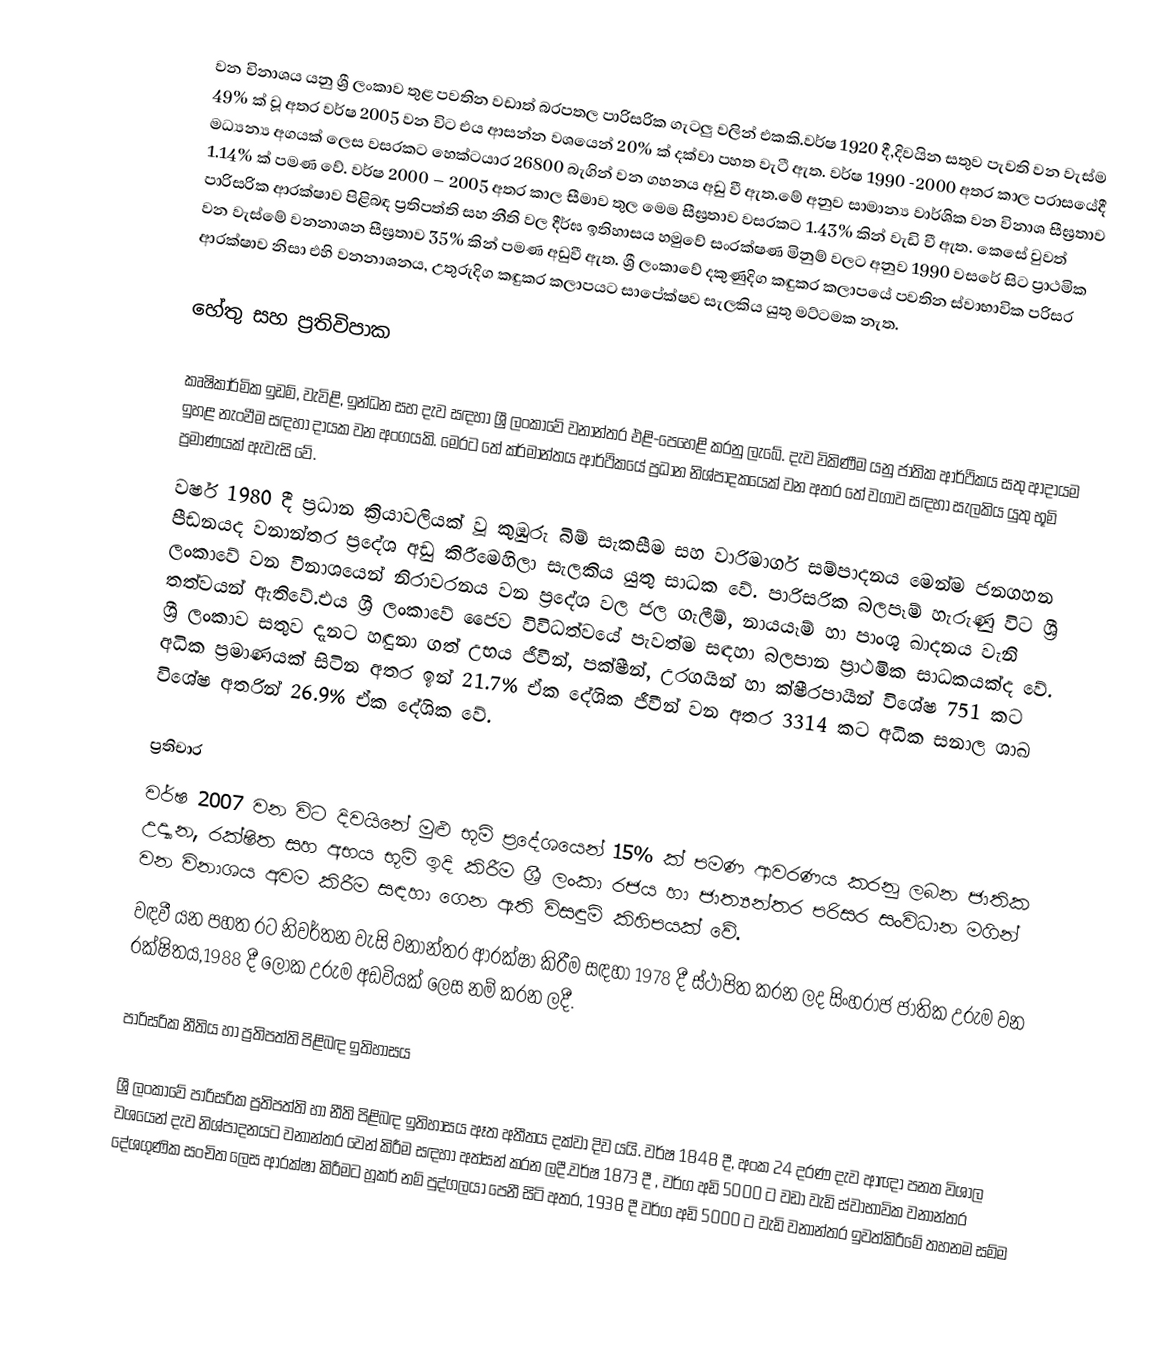
වන විනාශය  යනු  ශ්‍රී ලංකාව තුළ පවතින වඩාත් බරපතල පාරිසරික ගැටලු වලින් එකකි.වර්ෂ 1920 දී,දිවයින සතුව පැවති වන වැස්ම 49% ක් වූ අතර  වර්ෂ 2005 වන විට එය  ආසන්න වශයෙන් 20% ක් දක්වා පහත වැටී ඇත. වර්ෂ 1990 -2000 අතර කාල පරාසයේදී  මධ්‍යන්‍ය අගයක් ලෙස වසරකට හෙක්ටයාර 26800 බැගින් වන ගහනය අඩු වී ඇත.මේ අනුව සාමාන්‍ය වාර්ශික වන විනාශ සීඝ්‍රතාව 1.14% ක්  පමණ වේ. වර්ෂ 2000 – 2005 අතර කාල සීමාව තුල මෙම සීඝ්‍රතාව වසරකට 1.43% කින් වැඩි වී ඇත. කෙසේ වුවත් පාරිසරික ආරක්ෂාව පිළිබඳ ප්‍රතිපත්ති සහ නීති වල දීර්ඝ ඉතිහාසය හමුවේ සංරක්ෂණ මිනුම් වලට අනුව 1990 වසරේ සිට ප්‍රාථමික වන වැස්මේ වනනාශන සීඝ්‍රතාව 35% කින් පමණ අඩුවී ඇත. ශ්‍රී ලංකාවේ දකුණුදිග කඳුකර කලාපයේ පවතින ස්වාභාවික පරිසර ආරක්ෂාව නිසා එහි  වනනාශනය, උතුරුදිග කඳුකර කලාපයට සාපේක්ෂව සැලකිය යුතු මට්ටමක නැත.

හේතු සහ ප්‍රතිවිපාක

කෘෂිකාර්මික ඉඩම්, වැවිළි, ඉන්ධන සහ දැව සඳහා ශ්‍රී ලංකාවේ  වනාන්තර එළි-පෙහෙළි කරනු ලැබේ.  දැව විකිණීම යනු ජාතික ආර්ථිකය සතු  ආදායම ඉහළ නැංවීම සඳහා දායක වන අංගයකි. මෙරට  තේ කර්මාන්තය ආර්ථිකයේ ප්‍රධාන නිශ්පාදකයෙක් වන අතර  තේ වගාව සඳහා සැලකිය යුතු භූමි ප්‍රමාණයක් ඇවැසි වේ.
වර්ෂ 1980 දී ප්‍රධාන ක්‍රියාවලියක් වූ කුඹුරු බිම් සැකසීම සහ වාරිමාර්ග සම්පාදනය මෙන්ම ජනගහන පීඩනයද වනාන්තර  ප්‍රදේශ අඩු කිරීමෙහිලා සැලකිය යුතු සාධක වේ. පාරිසරික බලපෑම් හැරුණු විට ශ්‍රී ලංකාවේ වන විනාශයෙන් නිරාවරනය වන  ප්‍රදේශ වල ජල ගැලීම්, නායයෑම් හා පාංශු ඛාදනය වැනි තත්වයන් ඇතිවේ.එය ශ්‍රී ලංකාවේ ජෛව විවිධත්වයේ පැවත්ම සඳහා බලපාන ප්‍රාථමික සාධකයක්ද වේ. ශ්‍රී ලංකාව සතුව දැනට හඳුනා ගත් උභය ජීවීන්, පක්ෂීන්, උරගයින් හා ක්ෂීරපායීන් විශේෂ  751 කට අධික ප්‍රමාණයක් සිටින අතර  ඉන් 21.7% ඒක දේශික ජීවීන් වන අතර 3314 කට අධික සනාල ශාඛ විශේෂ අතරින් 26.9% ඒක දේශික වේ.

ප්‍රතිචාර
වර්ෂ 2007 වන විට දිවයිනේ මුළු භූමි  ප්‍රදේශයෙන් 15% ක්  පමණ ආවරණය කරනු ලබන ජාතික උද්‍යාන,  රක්ෂිත සහ අභය භූමි ඉදි කිරීම  ශ්‍රී ලංකා රජය හා ජාත්‍යන්තර පරිසර සංවිධාන මගින් වන විනාශය අවම කිරීම සඳහා ගෙන ඇති විසඳුම් කිහිපයක් වේ.
වඳවී යන පහත රට නිවර්තන වැසි වනාන්තර  ආරක්ෂා කිරීම සඳහා 1978 දී ස්ථාපිත කරන ලද සිංහරාජ ජාතික උරුම වන රක්ෂිතය,1988 දී ලෝක උරුම අඩවියක් ලෙස නම් කරන ලදී.

පාරිසරික නීතිය හා ප්‍රතිපත්ති පිළිබඳ ඉතිහාසය

ශ්‍රී ලංකාවේ පාරිසරික ප්‍රතිපත්ති හා නීති පිළිබඳ ඉතිහාසය ඈත අතීතය දක්වා දිව යයි. වර්ෂ 1848 දී, අංක 24 දරණ  දැව ආඥා පනත විශාල වශයෙන් දැව නිශ්පාදනයට වනාන්තර වෙන් කිරීම සඳහා අත්සන් කරන ලදී.වර්ෂ 1873 දී , වර්ග අඩි 5000 ට වඩා වැඩි ස්වාභාවික වනාන්තර දේශගුණික සංචිත ලෙස ආරක්ෂා කිරීමට හූකර් නම් පුද්ගලයා පෙනී සිටි අතර, 1938 දී  වර්ග අඩි 5000 ට වැඩි වනාන්තර ඉවත්කිරීමේ තහනම සම්ම